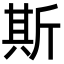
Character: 斯